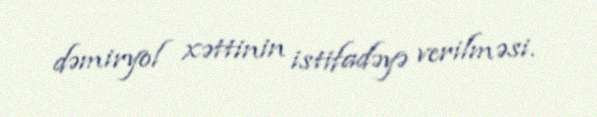
dəmiryol xəttinin istifadəyə verilməsi.